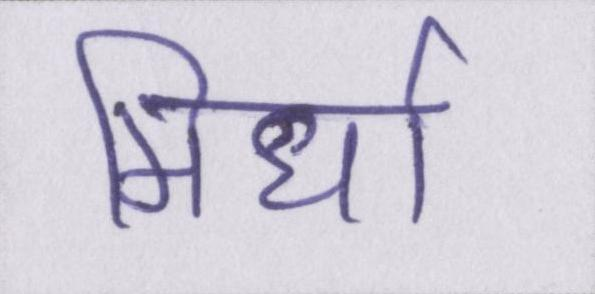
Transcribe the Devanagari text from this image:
मिर्धा